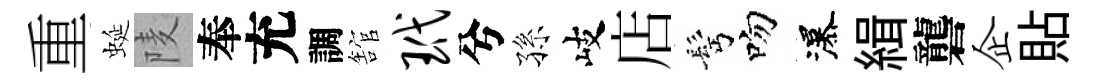
重蜒𨹧奉充調舘玳兮孫岐店髩吻瀑緝礱企貼